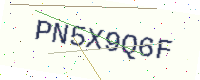
Text: PN5X9Q6F